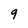
Character: 9